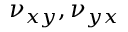
\nu _ { x y } , \nu _ { y x }